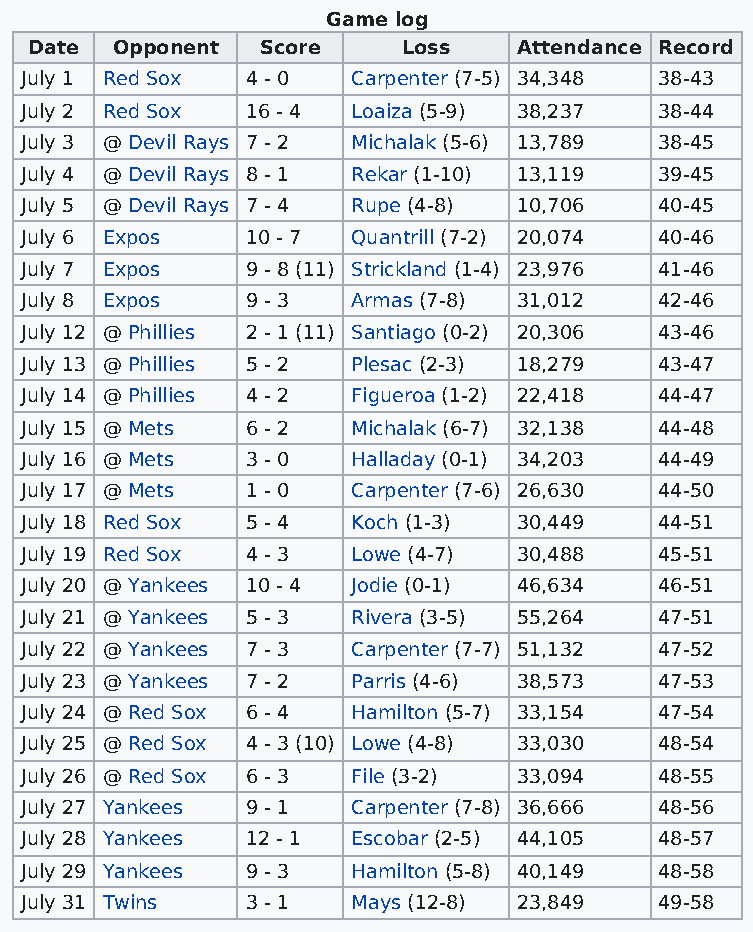
Game log
 Date Opponent  Score     Loss   Attendance Record
 July 1 Red Sox 4 - 0  Carpenter (7-5) 34,348 38-43
 July 2 Red Sox 16 - 4 Loaiza (5-9) 38,237  38-44
 July 3 @ Devil Rays 7 - 2 Michalak (5-6) 13,789 38-45
 July 4 @ Devil Rays 8 - 1 Rekar (1-10) 13,119 39-45
 July 5 @ Devil Rays 7 - 4 Rupe (4-8) 10,706 40-45
 July 6 Expos   10 - 7 Quantrill (7-2) 20,074 40-46
 July 7 Expos   9 - 8 (11) Strickland (1-4) 23,976 41-46
 July 8 Expos   9 - 3  Armas (7-8) 31,012   42-46
 July 12 @ Phillies 2 - 1 (11) Santiago (0-2) 20,306 43-46
 July 13 @ Phillies 5 - 2 Plesac (2-3) 18,279 43-47
 July 14 @ Phillies 4 - 2 Figueroa (1-2) 22,418 44-47
 July 15 @ Mets 6 - 2  Michalak (6-7) 32,138 44-48
 July 16 @ Mets 3 - 0  Halladay (0-1) 34,203 44-49
 July 17 @ Mets 1 - 0  Carpenter (7-6) 26,630 44-50
 July 18 Red Sox 5 - 4 Koch (1-3) 30,449    44-51
 July 19 Red Sox 4 - 3 Lowe (4-7) 30,488    45-51
 July 20 @ Yankees 10 - 4 Jodie (0-1) 46,634 46-51
 July 21 @ Yankees 5 - 3 Rivera (3-5) 55,264 47-51
 July 22 @ Yankees 7 - 3 Carpenter (7-7) 51,132 47-52
 July 23 @ Yankees 7 - 2 Parris (4-6) 38,573 47-53
 July 24 @ Red Sox 6 - 4 Hamilton (5-7) 33,154 47-54
 July 25 @ Red Sox 4 - 3 (10) Lowe (4-8) 33,030 48-54
 July 26 @ Red Sox 6 - 3 File (3-2) 33,094  48-55
 July 27 Yankees 9 - 1 Carpenter (7-8) 36,666 48-56
 July 28 Yankees 12 - 1 Escobar (2-5) 44,105 48-57
 July 29 Yankees 9 - 3 Hamilton (5-8) 40,149 48-58
 July 31 Twins  3 - 1  Mays (12-8) 23,849   49-58